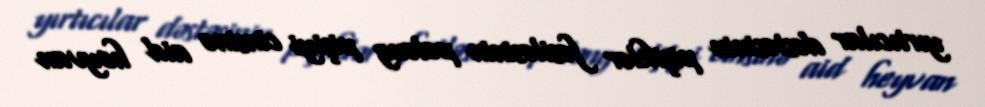
yırtıcılar dəstəsinin pişiklər fəsiləsinin pələng pişiyi cinsinə aid heyvan